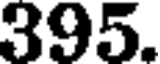
395.